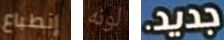
إنطباع لونه جديد.